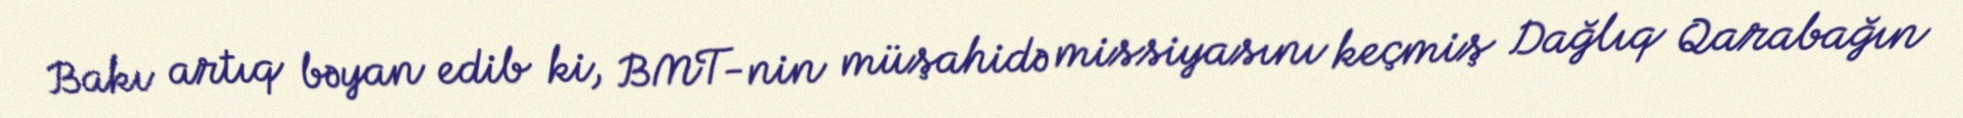
Bakı artıq bəyan edib ki, BMT-nin müşahidə missiyasını keçmiş Dağlıq Qarabağın